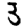
Digit: 3